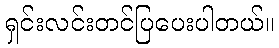
ရှင်းလင်းတင်ပြပေးပါတယ်။